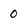
Character: 0